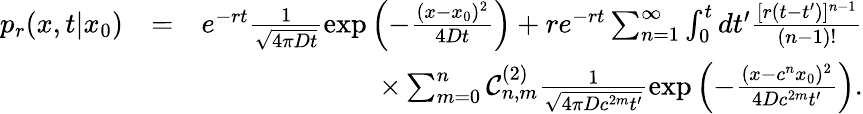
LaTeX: \begin{array}{rlr}{p_{r}(x,t|x_{0})}&{=}&{e^{-rt}\frac{1}{\sqrt{4\pi Dt}}\exp\left(-\frac{(x-x_{0})^{2}}{4Dt}\right)+re^{-rt}\sum_{n=1}^{\infty}\int_{0}^{t}dt^{\prime}\frac{[r(t-t^{\prime})]^{n-1}}{(n-1)!}}\\ &{}&{\times\sum_{m=0}^{n}\mathcal{C}_{n,m}^{(2)}\frac{1}{\sqrt{4\pi Dc^{2m}t^{\prime}}}\exp\left(-\frac{(x-c^{n}x_{0})^{2}}{4Dc^{2m}t^{\prime}}\right).}\end{array}